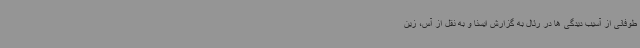
طوفانی از آسیب دیدگی ها در رئال به گزارش ایسنا و به نقل از آس، زین